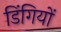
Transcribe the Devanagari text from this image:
डिंगियों